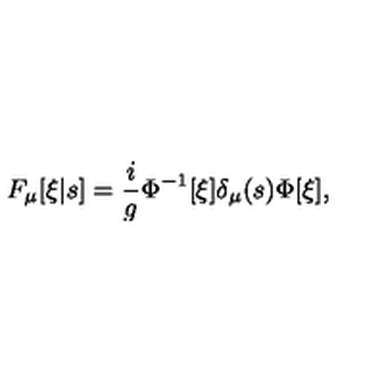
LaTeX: F _ { \mu } [ \xi | s ] = \frac { i } { g } \Phi ^ { - 1 } [ \xi ] \delta _ { \mu } ( s ) \Phi [ \xi ] ,